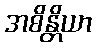
အစိန္တိယာ